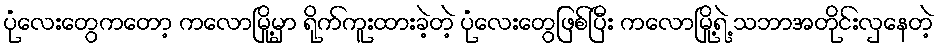
ပုံလေးတွေကတော့ ကလောမြို့မှာ ရိုက်ကူးထားခဲ့တဲ့ ပုံလေးတွေဖြစ်ပြီး ကလောမြို့ရဲ့ သဘာအတိုင်းလှနေတဲ့